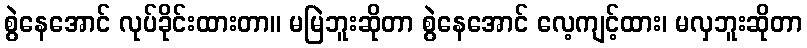
စွဲနေအောင် လုပ်ခိုင်းထားတာ။ မမြဲဘူးဆိုတာ စွဲနေအောင် လေ့ကျင့်ထား၊ မလှဘူးဆိုတာ